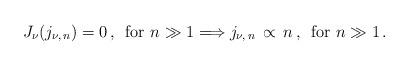
LaTeX: \begin{align*}J_{\nu} (j_{\nu , \, n}) = 0 \, , \,\,\, \mbox{for} \,\, n \gg 1 \Longrightarrow j_{\nu , \, n} \, \propto \, n \, , \,\,\, \mbox{for} \,\, n \gg 1 \, . \end{align*}